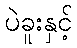
ပဲခူးနှင့်